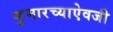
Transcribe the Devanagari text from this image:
कुमारच्याऐवजी